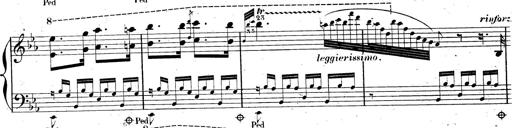
Title: AnnÃ©es de pÃ¨lerinage II, SupplÃ©ment
Composer: Franz Liszt